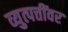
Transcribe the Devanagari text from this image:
व्युत्पत्तींवर